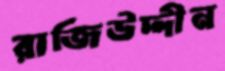
রাজিউদ্দীন